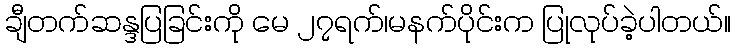
ချီတက်ဆန္ဒပြခြင်းကို မေ ၂၇ရက်၊မနက်ပိုင်းက ပြုလုပ်ခဲ့ပါတယ်။